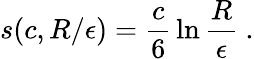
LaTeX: s(c,R/\epsilon)={\frac{c}{6}}\ln{\frac{R}{\epsilon}}~.